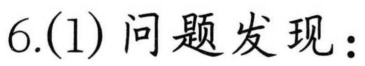
6.(1) 问题发现：